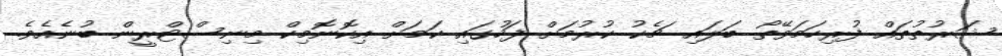
ޝަރުތުތައް ފުރިހަމަވޭތޯ ބަލައި ޗެކު ކުރުމަށް ފަހުގައި ކަމަށް އިކޮނޮމިކް މިނިސްޓްރީން ބުނެއެވެ.